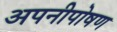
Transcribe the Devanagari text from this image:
अपनीपोषण